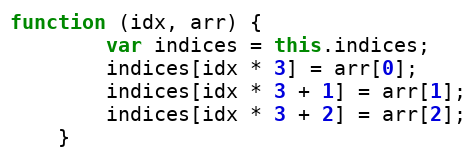
Language: JavaScript
function (idx, arr) {
        var indices = this.indices;
        indices[idx * 3] = arr[0];
        indices[idx * 3 + 1] = arr[1];
        indices[idx * 3 + 2] = arr[2];
    }